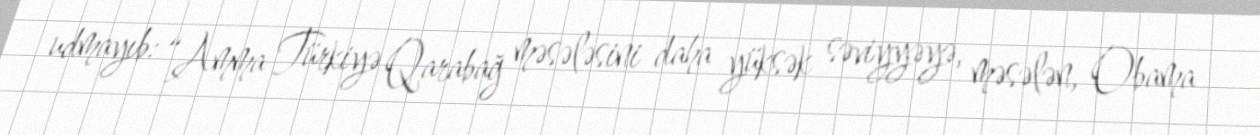
udmayıb: “Amma Türkiyə Qarabağ məsələsini daha yüksək səviyyəyə, məsələn, Obama